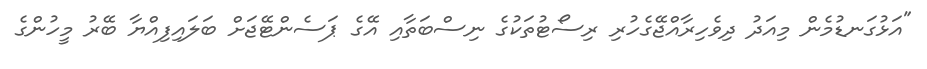
"އަޅުގަނޑުމެން މިއަދު ދިވެހިރާއްޖޭގެހުރި ރިސޯޓުތަކުގެ ނިސްބަތާއި އޭގެ ޕަސެންޓޭޖަށް ބަލައިފިއްޔާ ބޭރު މީހުންގެ